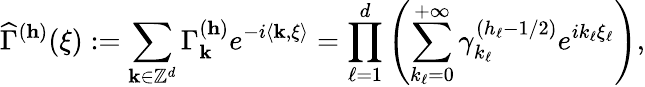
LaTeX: \widehat{\Gamma}^{(\mathbf{h})}(\mathbf{\xi}):=\sum_{\mathbf{k}\in\mathbb{Z}^{d}}\Gamma_{\textbf{k}}^{(\mathbf{h})}e^{-i\langle\mathbf{k},\mathbf{\xi}\rangle}=\prod_{\ell=1}^{d}\left(\sum_{k_{\ell}=0}^{+\infty}\gamma_{k_{\ell}}^{(h_{\ell}-1/2)}e^{ik_{\ell}\mathbf{\xi}_{\ell}}\right),